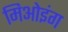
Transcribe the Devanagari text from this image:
मिओइंग